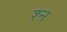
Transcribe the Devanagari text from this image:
श्‍न